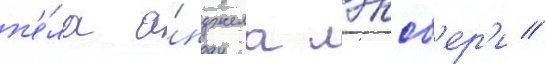
п'е́ла а́нджела лэнсб'ер'и //